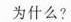
为什么?